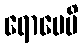
ရောပေမိ